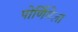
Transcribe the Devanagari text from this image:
पोर्णिमेला